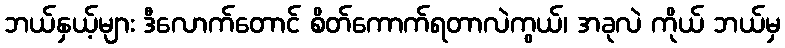
ဘယ်နှယ့်များ ဒီလောက်တောင် စိတ်ကောက်ရတာလဲကွယ်၊ အခုလဲ ကိုယ် ဘယ်မှ